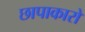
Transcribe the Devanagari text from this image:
छापाकारों